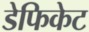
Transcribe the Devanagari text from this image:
डेफिकेट